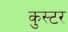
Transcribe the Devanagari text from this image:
कुस्टर